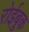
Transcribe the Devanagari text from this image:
रोईबुक